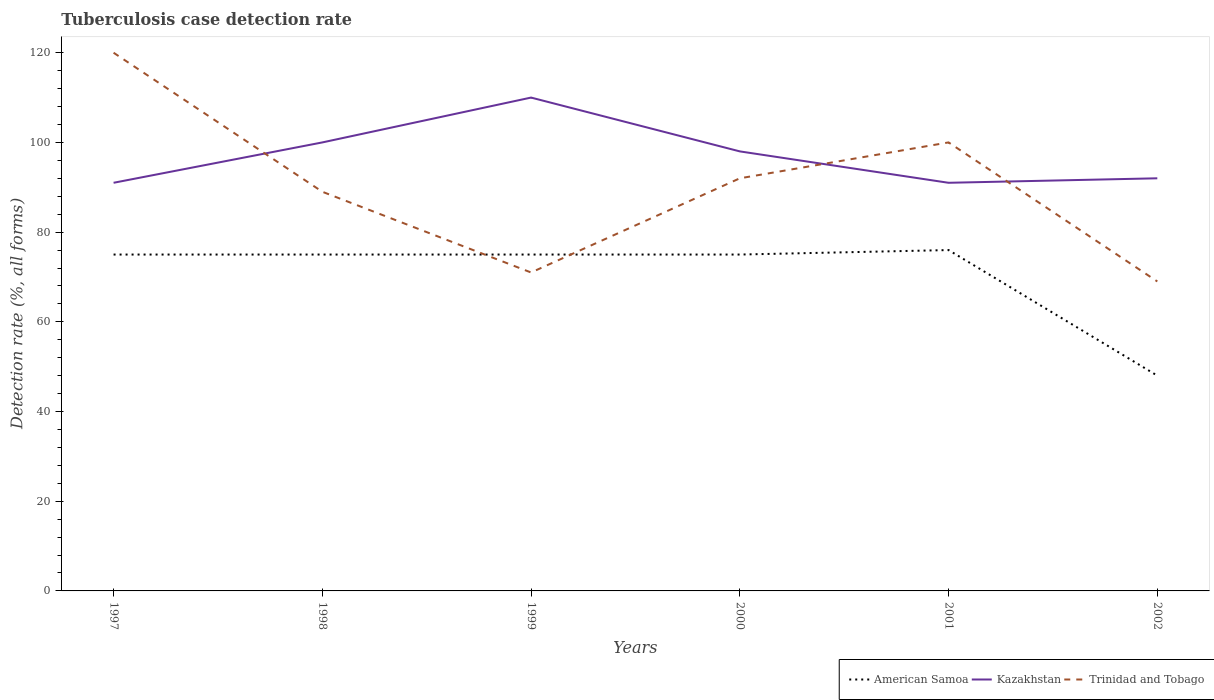
| Years | American Samoa | Kazakhstan | Trinidad and Tobago |
 | --- | --- | --- | --- |
 | 1997 | 75 | 91 | 120 |
 | 1998 | 75 | 100 | 89 |
 | 1999 | 75 | 110 | 71 |
 | 2000 | 75 | 98 | 92 |
 | 2001 | 76 | 91 | 100 |
 | 2002 | 48 | 92 | 69 |